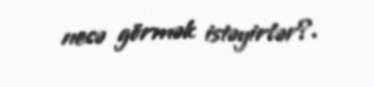
necə görmək istəyirlər?.